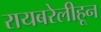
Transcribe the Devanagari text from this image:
रायबरेलीहून